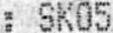
: SK05